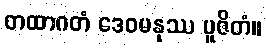
တထာဂတံ ဒေဝမနုဿ ပူဇိတံ။